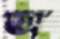
অ